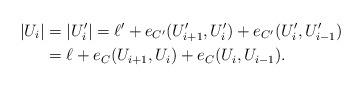
LaTeX: \begin{align*}|U_i|&=|U_i'|=\ell' +e_{C'}(U_{i+1}', U_i')+e_{C'}(U_i', U_{i-1}')\\&=\ell+e_C(U_{i+1}, U_i)+e_C(U_i, U_{i-1}).\end{align*}